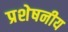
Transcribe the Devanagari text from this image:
प्रशेषनीय